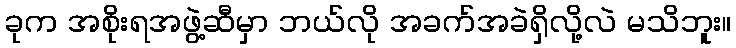
ခုက အစိုးရအဖွဲ့ဆီမှာ ဘယ်လို အခက်အခဲရှိလို့လဲ မသိဘူး။